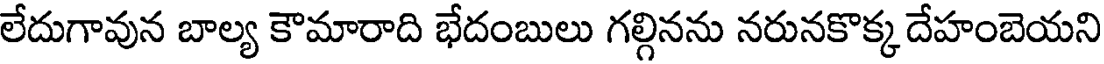
లేదుగావున బాల్య కౌమారాది భేదంబులు గల్గినను నరునకొక్క దేహంబెయని